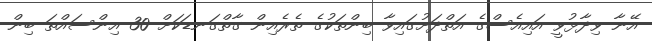
އޭނާ ވިދާޅުވީ އައިއެސްގެ އަތްދަށުގައިވާ ބިންތަކުގެ ތެރެއިން ގާތްގަނޑަކަށް 30 އިންސައްތަ ބިން